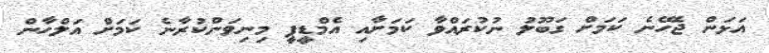
އަޅަން ޖެހޭނެ ކަމަށް ގަބޫލު ނުކުރައްވާ ކަމަށާއި އެމްޑީޕީ މިނިވަންކުރާނެ ކަމަށް އަލްހާން